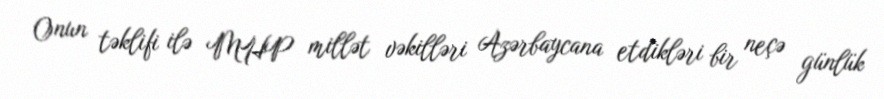
Onun təklifi ilə MHP millət vəkilləri Azərbaycana etdikləri bir neçə günlük